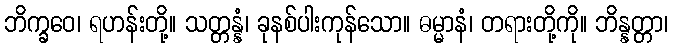
ဘိက္ခဝေ၊ ရဟန်းတို့။ သတ္တန္နံ၊ ခုနစ်ပါးကုန်သော။ ဓမ္မာနံ၊ တရားတို့ကို။ ဘိန္နတ္တာ၊